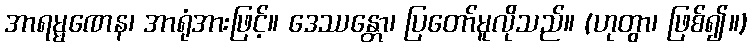
အာရမ္မဏေန၊ အာရုံအားဖြင့်။ ဒေဿန္တော၊ ပြတော်မူလိုသည်။ (ဟုတွာ၊ ဖြစ်၍။)